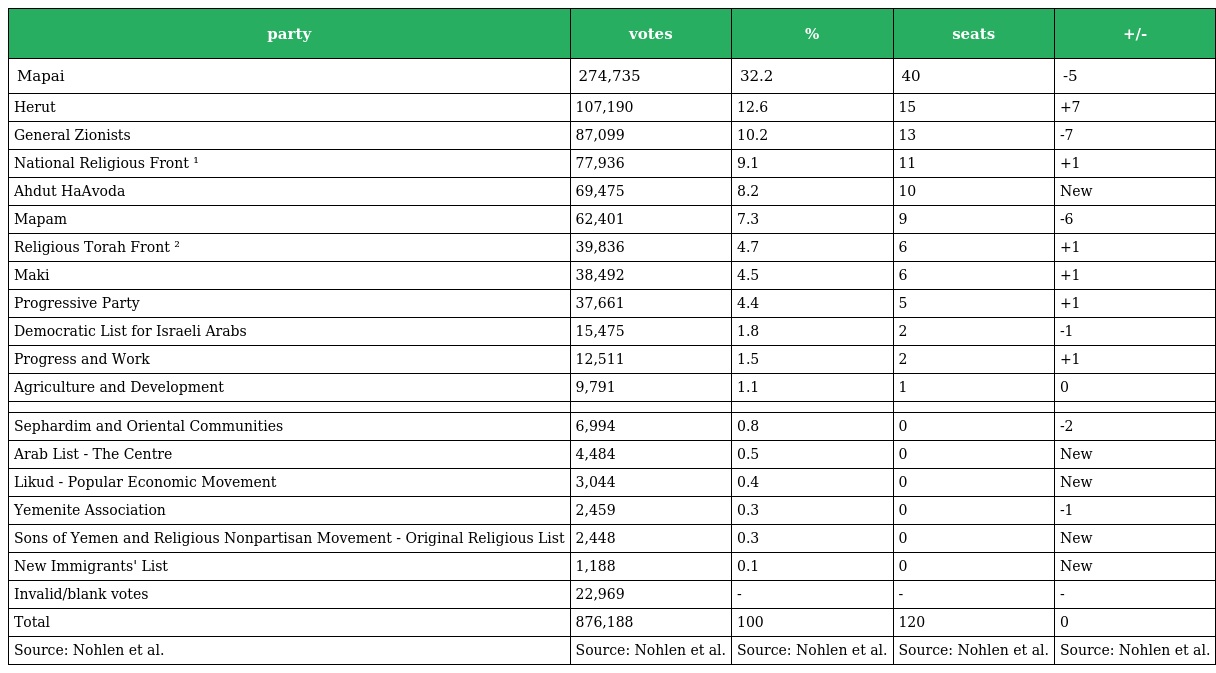
| party | votes | % | seats | +/- |
 | --- | --- | --- | --- | --- |
 | Mapai | 274,735 | 32.2 | 40 | -5 |
 | Herut | 107,190 | 12.6 | 15 | +7 |
 | General Zionists | 87,099 | 10.2 | 13 | -7 |
 | National Religious Front ¹ | 77,936 | 9.1 | 11 | +1 |
 | Ahdut HaAvoda | 69,475 | 8.2 | 10 | New |
 | Mapam | 62,401 | 7.3 | 9 | -6 |
 | Religious Torah Front ² | 39,836 | 4.7 | 6 | +1 |
 | Maki | 38,492 | 4.5 | 6 | +1 |
 | Progressive Party | 37,661 | 4.4 | 5 | +1 |
 | Democratic List for Israeli Arabs | 15,475 | 1.8 | 2 | -1 |
 | Progress and Work | 12,511 | 1.5 | 2 | +1 |
 | Agriculture and Development | 9,791 | 1.1 | 1 | 0 |
 |  |  |  |  |  |
 | Sephardim and Oriental Communities | 6,994 | 0.8 | 0 | -2 |
 | Arab List - The Centre | 4,484 | 0.5 | 0 | New |
 | Likud - Popular Economic Movement | 3,044 | 0.4 | 0 | New |
 | Yemenite Association | 2,459 | 0.3 | 0 | -1 |
 | Sons of Yemen and Religious Nonpartisan Movement - Original Religious List | 2,448 | 0.3 | 0 | New |
 | New Immigrants' List | 1,188 | 0.1 | 0 | New |
 | Invalid/blank votes | 22,969 | - | - | - |
 | Total | 876,188 | 100 | 120 | 0 |
 | Source: Nohlen et al. | Source: Nohlen et al. | Source: Nohlen et al. | Source: Nohlen et al. | Source: Nohlen et al. |